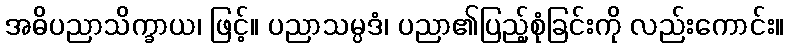
အဓိပညာသိက္ခာယ၊ ဖြင့်။ ပညာသမ္ပဒံ၊ ပညာ၏ပြည့်စုံခြင်းကို လည်းကောင်း။